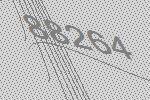
88264